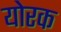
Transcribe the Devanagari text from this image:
योरक